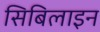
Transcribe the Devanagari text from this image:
सिबिलाइन